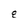
Character: q